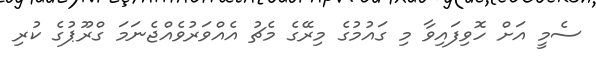
ސެމީ އަށް ހޮވިފައިވާ މި ގައުމުގެ މިރޭގެ މެޗު އެއްވަރުވެއްޖެނަމަ ގްރޫޕުގެ ކުރި